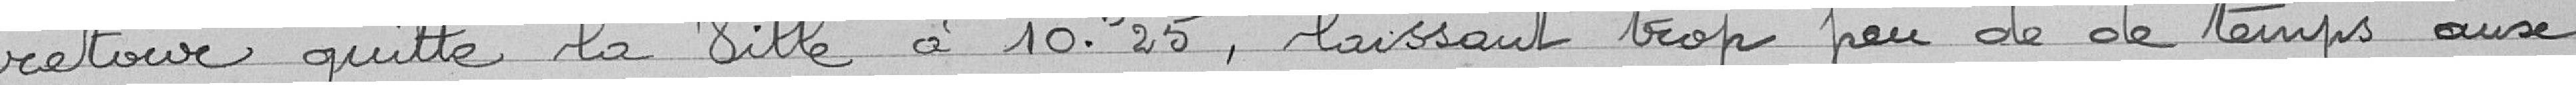
retour quitte la Ville à 10h25, laissant trop peu de temps aux